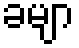
ခမျာ